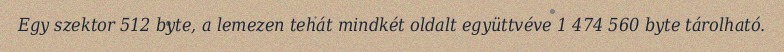
Egy szektor 512 byte, a lemezen tehát mindkét oldalt együttvéve 1 474 560 byte tárolható.